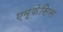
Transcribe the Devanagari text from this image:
एम्फेसिस